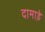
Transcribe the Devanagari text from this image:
दामाड़े